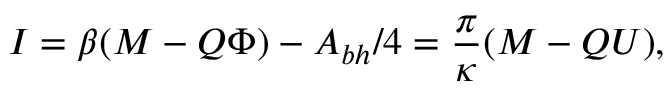
I = \beta ( M - Q \Phi ) - { \cal A } _ { b h } / 4 = \frac { \pi } { \kappa } ( M - Q U ) ,